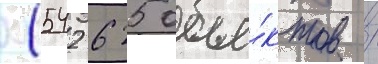
(542 625 объе́ктов /